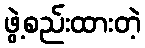
ဖွဲ့စည်းထားတဲ့